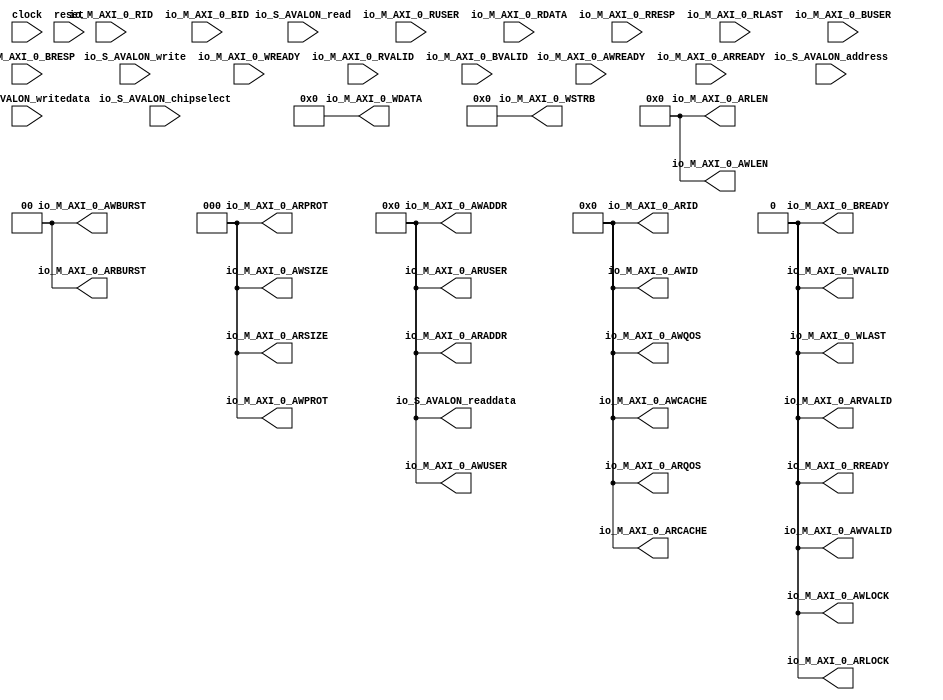
// This program was cloned from: https://github.com/stanford-ppl/spatial-lang
// License: MIT License

// Top.v

// This file was auto-generated as a prototype implementation of a module
// created in component editor.  It ties off all outputs to ground and
// ignores all inputs.  It needs to be edited to make it do something
// useful.
//
// This file will not be automatically regenerated.  You should check it in
// to your version control system if you want to keep it.

`timescale 1 ps / 1 ps
module Top (
		input  wire         clock,                  //        clock.clk
		input  wire         reset,                  //        reset.reset
		input  wire [6:0]   io_S_AVALON_address,    //  io_S_AVALON.address
		output wire [31:0]  io_S_AVALON_readdata,   //             .readdata
		input  wire         io_S_AVALON_chipselect, //             .chipselect
		input  wire         io_S_AVALON_write,      //             .write
		input  wire         io_S_AVALON_read,       //             .read
		input  wire [31:0]  io_S_AVALON_writedata,  //             .writedata
		output wire [3:0]   io_M_AXI_0_AWID,        // io_M_AXI_0_1.awid
		output wire [31:0]  io_M_AXI_0_AWUSER,      //             .awuser
		output wire [31:0]  io_M_AXI_0_AWADDR,      //             .awaddr
		output wire [7:0]   io_M_AXI_0_AWLEN,       //             .awlen
		output wire [2:0]   io_M_AXI_0_AWSIZE,      //             .awsize
		output wire [1:0]   io_M_AXI_0_AWBURST,     //             .awburst
		output wire         io_M_AXI_0_AWLOCK,      //             .awlock
		output wire [3:0]   io_M_AXI_0_AWCACHE,     //             .awcache
		output wire [2:0]   io_M_AXI_0_AWPROT,      //             .awprot
		output wire [3:0]   io_M_AXI_0_AWQOS,       //             .awqos
		output wire         io_M_AXI_0_AWVALID,     //             .awvalid
		input  wire         io_M_AXI_0_AWREADY,     //             .awready
		output wire [3:0]   io_M_AXI_0_ARID,        //             .arid
		output wire [31:0]  io_M_AXI_0_ARUSER,      //             .aruser
		output wire [31:0]  io_M_AXI_0_ARADDR,      //             .araddr
		output wire [7:0]   io_M_AXI_0_ARLEN,       //             .arlen
		output wire [2:0]   io_M_AXI_0_ARSIZE,      //             .arsize
		output wire [1:0]   io_M_AXI_0_ARBURST,     //             .arburst
		output wire         io_M_AXI_0_ARLOCK,      //             .arlock
		output wire [3:0]   io_M_AXI_0_ARCACHE,     //             .arcache
		output wire [2:0]   io_M_AXI_0_ARPROT,      //             .arprot
		output wire [3:0]   io_M_AXI_0_ARQOS,       //             .arqos
		output wire         io_M_AXI_0_ARVALID,     //             .arvalid
		input  wire         io_M_AXI_0_ARREADY,     //             .arready
		output wire [511:0] io_M_AXI_0_WDATA,       //             .wdata
		output wire [63:0]  io_M_AXI_0_WSTRB,       //             .wstrb
		output wire         io_M_AXI_0_WLAST,       //             .wlast
		output wire         io_M_AXI_0_WVALID,      //             .wvalid
		input  wire         io_M_AXI_0_WREADY,      //             .wready
		input  wire [3:0]   io_M_AXI_0_RID,         //             .rid
		input  wire [31:0]  io_M_AXI_0_RUSER,       //             .ruser
		input  wire [511:0] io_M_AXI_0_RDATA,       //             .rdata
		input  wire [1:0]   io_M_AXI_0_RRESP,       //             .rresp
		input  wire         io_M_AXI_0_RLAST,       //             .rlast
		input  wire         io_M_AXI_0_RVALID,      //             .rvalid
		output wire         io_M_AXI_0_RREADY,      //             .rready
		input  wire [3:0]   io_M_AXI_0_BID,         //             .bid
		input  wire [31:0]  io_M_AXI_0_BUSER,       //             .buser
		input  wire [1:0]   io_M_AXI_0_BRESP,       //             .bresp
		input  wire         io_M_AXI_0_BVALID,      //             .bvalid
		output wire         io_M_AXI_0_BREADY       //             .bready
	);

	// TODO: Auto-generated HDL template

	assign io_S_AVALON_readdata = 32'b00000000000000000000000000000000;

	assign io_M_AXI_0_AWBURST = 2'b00;

	assign io_M_AXI_0_AWUSER = 32'b00000000000000000000000000000000;

	assign io_M_AXI_0_ARLEN = 8'b00000000;

	assign io_M_AXI_0_ARQOS = 4'b0000;

	assign io_M_AXI_0_WSTRB = 64'b0000000000000000000000000000000000000000000000000000000000000000;

	assign io_M_AXI_0_RREADY = 1'b0;

	assign io_M_AXI_0_AWLEN = 8'b00000000;

	assign io_M_AXI_0_AWQOS = 4'b0000;

	assign io_M_AXI_0_ARCACHE = 4'b0000;

	assign io_M_AXI_0_ARADDR = 32'b00000000000000000000000000000000;

	assign io_M_AXI_0_WVALID = 1'b0;

	assign io_M_AXI_0_ARPROT = 3'b000;

	assign io_M_AXI_0_AWPROT = 3'b000;

	assign io_M_AXI_0_ARVALID = 1'b0;

	assign io_M_AXI_0_WDATA = 512'b00000000000000000000000000000000000000000000000000000000000000000000000000000000000000000000000000000000000000000000000000000000000000000000000000000000000000000000000000000000000000000000000000000000000000000000000000000000000000000000000000000000000000000000000000000000000000000000000000000000000000000000000000000000000000000000000000000000000000000000000000000000000000000000000000000000000000000000000000000000000000000000000000000000000000000000000000000000000000000000000000000000000000000000000000000000;

	assign io_M_AXI_0_AWCACHE = 4'b0000;

	assign io_M_AXI_0_ARID = 4'b0000;

	assign io_M_AXI_0_ARLOCK = 1'b0;

	assign io_M_AXI_0_AWLOCK = 1'b0;

	assign io_M_AXI_0_AWADDR = 32'b00000000000000000000000000000000;

	assign io_M_AXI_0_ARBURST = 2'b00;

	assign io_M_AXI_0_ARSIZE = 3'b000;

	assign io_M_AXI_0_BREADY = 1'b0;

	assign io_M_AXI_0_WLAST = 1'b0;

	assign io_M_AXI_0_AWID = 4'b0000;

	assign io_M_AXI_0_AWSIZE = 3'b000;

	assign io_M_AXI_0_AWVALID = 1'b0;

	assign io_M_AXI_0_ARUSER = 32'b00000000000000000000000000000000;

endmodule